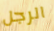
الرجل